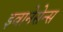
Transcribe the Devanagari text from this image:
इवानेसेन्स